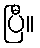
ပြီ။